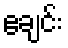
ဧချင်း